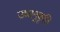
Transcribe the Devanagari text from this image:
उच्चानुकृति